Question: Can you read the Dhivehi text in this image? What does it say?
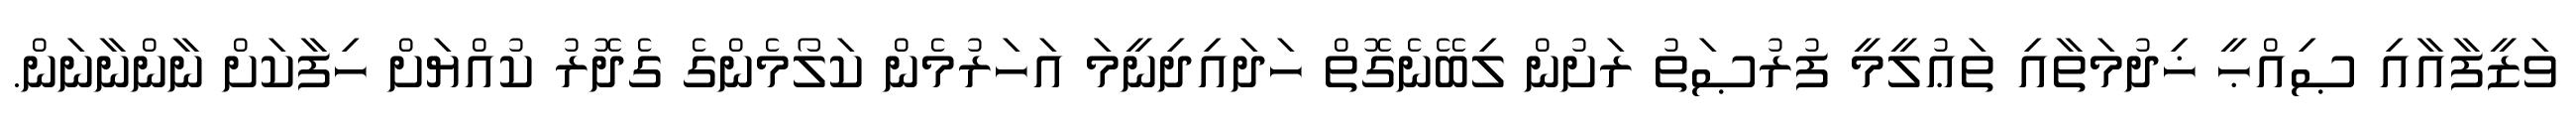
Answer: ވަޒީފާއާއި ޞިއްޙީ ޚިދުމަތާއި ތަޢުލީމީ ފުރުޞަތު ރަށުން ލިބޭނެގޮތް ހަދައިދިނީމަ އަހަރުމެން ކަލޯމެންގެ ގެދޮރު ކުއްޔަށް ހިފާކަށް ނާންނާނަން.